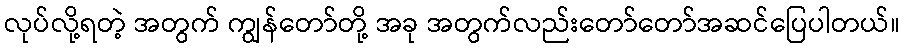
လုပ်လို့ရတဲ့ အတွက် ကျွန်တော်တို့ အခု အတွက်လည်းတော်တော်အဆင်ပြေပါတယ်။